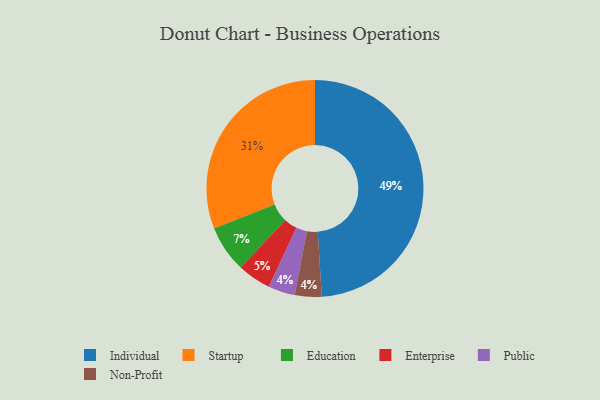
{"axis": {"x": "Category", "y": "Percentage"}, "legend": ["Education", "Enterprise", "Individual", "Non-Profit", "Public", "Startup"], "data": [{"x": "Education", "y": 7, "type": "Education"}, {"x": "Public", "y": 4, "type": "Public"}, {"x": "Individual", "y": 49, "type": "Individual"}, {"x": "Non-Profit", "y": 4, "type": "Non-Profit"}, {"x": "Enterprise", "y": 5, "type": "Enterprise"}, {"x": "Startup", "y": 31, "type": "Startup"}]}